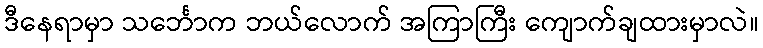
ဒီနေရာမှာ သင်္ဘောက ဘယ်လောက် အကြာကြီး ကျောက်ချထားမှာလဲ။